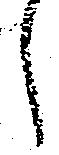
候